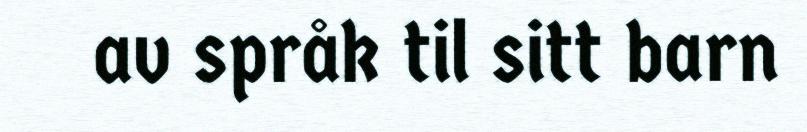
av språk til sitt barn